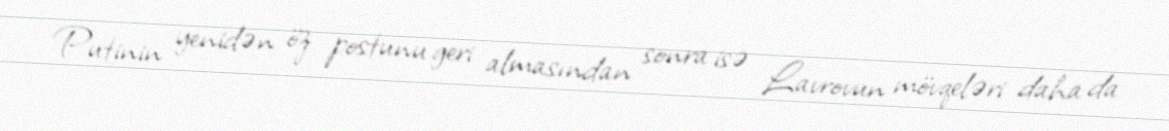
Putinin yenidən öz postunu geri almasından sonra isə Lavrovun mövqeləri daha da